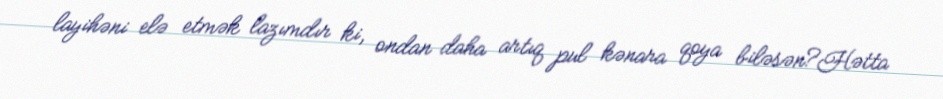
layihəni elə etmək lazımdır ki, ondan daha artıq pul kənara qoya biləsən?Hətta